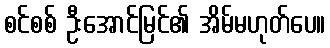
စင်စစ် ဦးအောင်မြင်၏ အိမ်မဟုတ်ပေ။